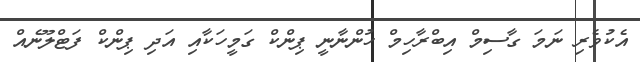
އެކުވެރި ނަމަ ގާސިމް އިބްރާހިމް ހުންނާނީ ޕިންކް ގަމީހަކާއި އަދި ޕިންކް ފަޓްލޫނެއް